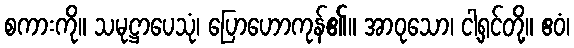
စကားကို။ သမုဋ္ဌာပေသုံ၊ ပြောဟောကုန်၏။ အာဝုသော၊ ငါ့ရှင်တို့။ ဧဝံ၊